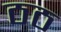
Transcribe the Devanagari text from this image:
ठठ